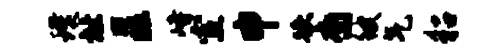
璞址匡峙室申跌裔彼气貂